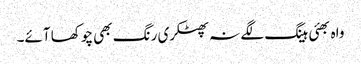
واہ بھئی ہینگ لگے نہ پھٹکری رنگ بھی چوکھا آئے۔